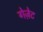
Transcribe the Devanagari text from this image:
गेज़ेट